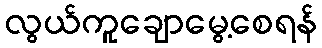
လွယ်ကူချောမွေ့စေရန်